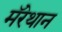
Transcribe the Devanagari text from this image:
मॅरेथान